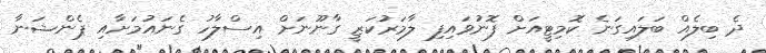
ދެ ބިލެއް ބަލައިގަނެ ކޮމިޓީއަށް ފޮނުވައިފި ލާމަރުކަޒީ ގާނޫނަށް އިސްލާހު ގެނައުމަށާއި ޕެންޝަނާ